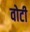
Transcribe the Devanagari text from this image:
वोटी